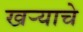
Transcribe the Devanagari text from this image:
खऱ्याचे